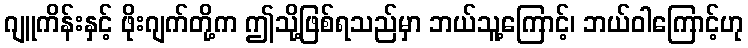
ဂျူကိန်းနှင့် ဖိုးဂျက်တို့က ဤသို့ဖြစ်ရသည်မှာ ဘယ်သူ့ကြောင့်၊ ဘယ်ဝါကြောင့်ဟု